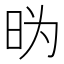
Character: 𱡼